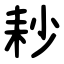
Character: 耖